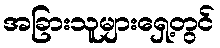
အခြားသူများရှေ့တွင်